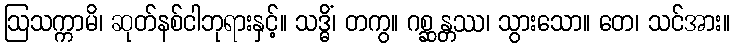
ဩသက္ကာမိ၊ ဆုတ်နစ်ငါဘုရားနှင့်။ သဒ္ဓိံ၊ တကွ။ ဂစ္ဆန္တဿ၊ သွားသော။ တေ၊ သင်အား။